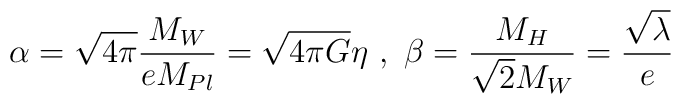
\alpha=\sqrt{4\pi} \frac{M_W}{eM_{Pl}}=\sqrt{4\pi G}\eta \ , \ \beta=\frac{M_{H}}{\sqrt{2}M_W}=\frac{\sqrt{\lambda}}{e}